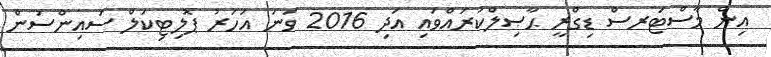
އިން މާސްޓަރސް ޑިގްރީ ޙާޞިލްކުރައްވައި އަދި 2016 ވަނަ އަހަރު ޕޮލިޓިކަލް ސައިންސުން